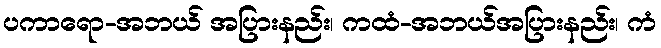
ပကာရော-အဘယ် အပြားနည်း၊ ကထံ-အဘယ်အပြားနည်း၊ ကံ